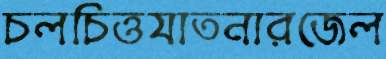
চলচিত্তযাতনারজেল